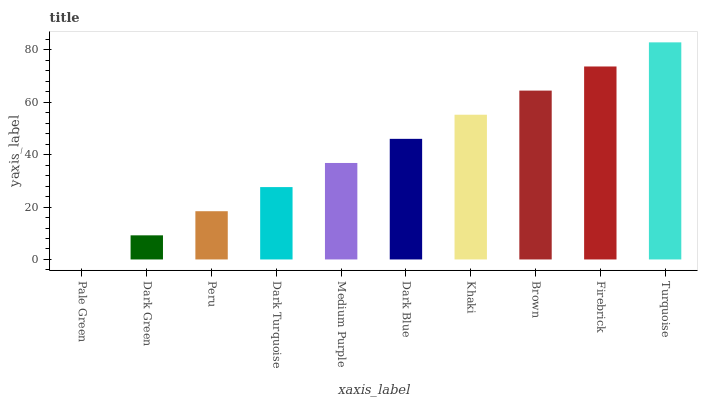
| xaxis_label | bars |
 | --- | --- |
 | Pale Green | 0 |
 | Dark Green | 9.2 |
 | Peru | 18.4 |
 | Dark Turquoise | 27.6 |
 | Medium Purple | 36.8 |
 | Dark Blue | 46 |
 | Khaki | 55.2 |
 | Brown | 64.4 |
 | Firebrick | 73.6 |
 | Turquoise | 82.8 |